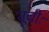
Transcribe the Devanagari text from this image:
सूचीः